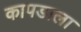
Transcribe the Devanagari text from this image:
कापडाला